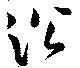
沿